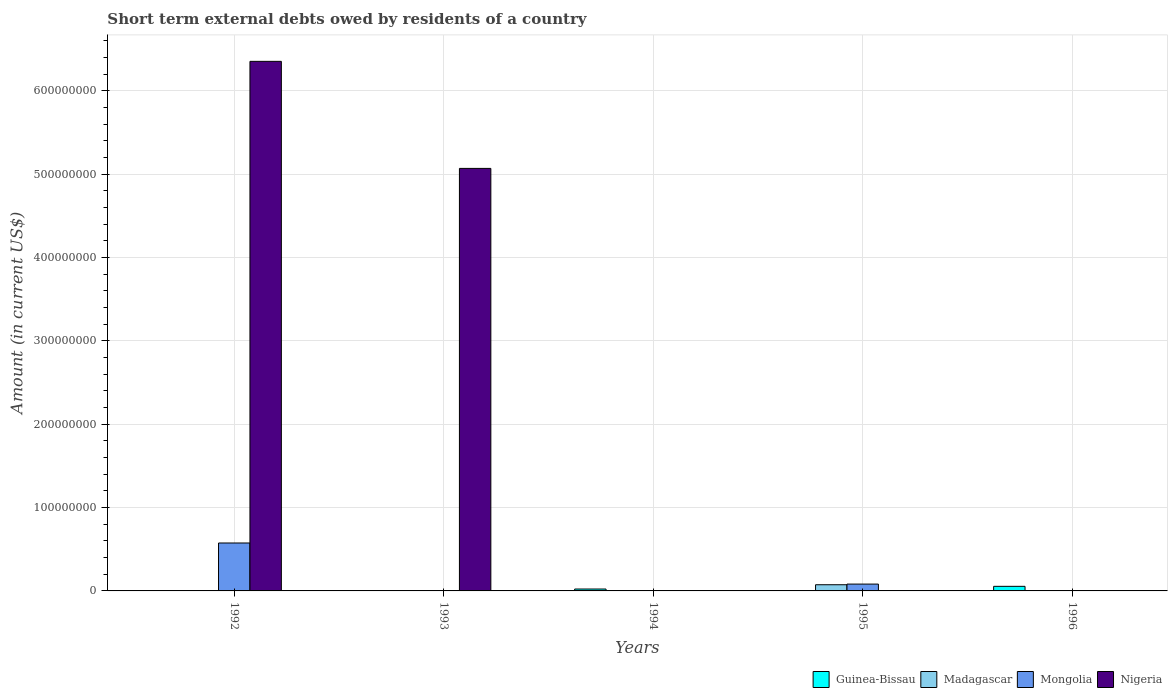
| Years | Guinea-Bissau | Madagascar | Mongolia | Nigeria |
 | --- | --- | --- | --- | --- |
 | 1992 | -1.42e+07 | -1.01e+07 | 5.75e+07 | 6.35e+08 |
 | 1993 | -3.09e+06 | -1e+07 | -4.53e+07 | 5.07e+08 |
 | 1994 | 2.27e+06 | -1.7e+07 | -9.18e+06 | -5.12e+08 |
 | 1995 | -1.01e+06 | 7.42e+06 | 8.19e+06 | -7.31e+07 |
 | 1996 | 5.5e+06 | -3.63e+07 | -6.87e+06 | -2.24e+08 |